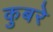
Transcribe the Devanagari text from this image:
कुबरे